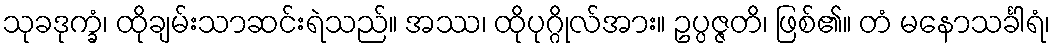
သုခဒုက္ခံ၊ ထိုချမ်းသာဆင်းရဲသည်။ အဿ၊ ထိုပုဂ္ဂိုလ်အား။ ဥပ္ပဇ္ဇတိ၊ ဖြစ်၏။ တံ မနောသင်္ခါရံ၊